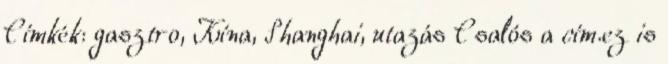
Címkék: gasztro, Kína, Shanghai, utazás Csalós a cím.ez is